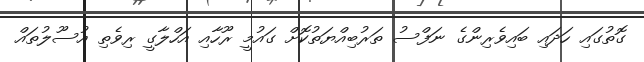
ގޮތުގައި ހަދައި ބައިވެރިންގެ ނަފްސު ތަރުބިއްޔަތުކޮށް ގައުމީ ރޫހާއި އަހްލާގީ ރިވެތި އުސޫލުތައް